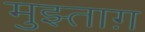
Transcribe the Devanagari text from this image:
मुझ्ताग़